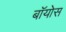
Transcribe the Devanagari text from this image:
बॉयोस